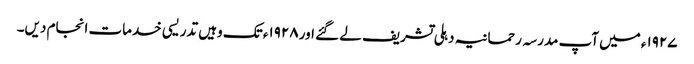
۱۹۲۷ء میں آپ مدرسہ رحمانیہ دہلی تشریف لے گئے اور ۱۹۲۸ء تک وہیں تدریسی خدمات انجام دیں۔